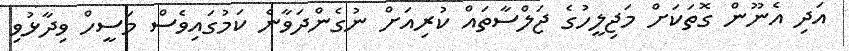
އަދި އެނޫން ގޮތަކަށް މަޖިލީހުގެ ޖަލްސާތައް ކުރިއަށް ނުގެންދަވާނެ ކަމުގައިވެސް މަސީހް ވިދާޅުވި